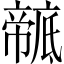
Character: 𢋠